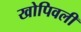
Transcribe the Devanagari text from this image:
खोपिवली